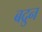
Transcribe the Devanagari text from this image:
बद्रुन